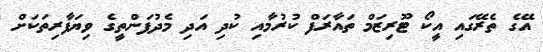
އޭގެ ތެރޭގައި އީކޯ ޓޫރިޒަމް ތައާރަފް ކުރުމާއި ކުދި އަދި މެދުފަންތީގެ ވިޔަފާރިތަކަށް